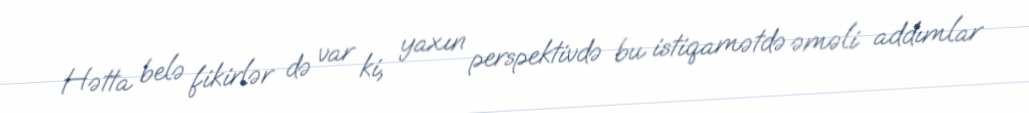
Hətta belə fikirlər də var ki, yaxın perspektivdə bu istiqamətdə əməli addımlar